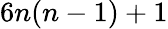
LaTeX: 6n(n-1)+1